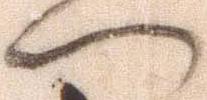
門